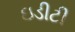
ઇડીટી